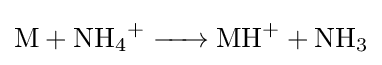
{\ce {M + NH4^+ -> MH+ + NH3}}